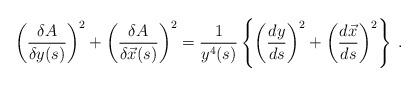
LaTeX: \begin{align*}\left( \frac{\delta A}{\delta y(s)}\right) ^{2}+\left( \frac{\delta A}{\delta \vec{x}(s)}\right) ^{2}=\frac{1}{y^{4}(s)}\left\{ \left( \frac{dy}{ds}\right) ^{2}+\left( \frac{d\vec{x}}{ds}\right) ^{2}\right\} \; .\end{align*}